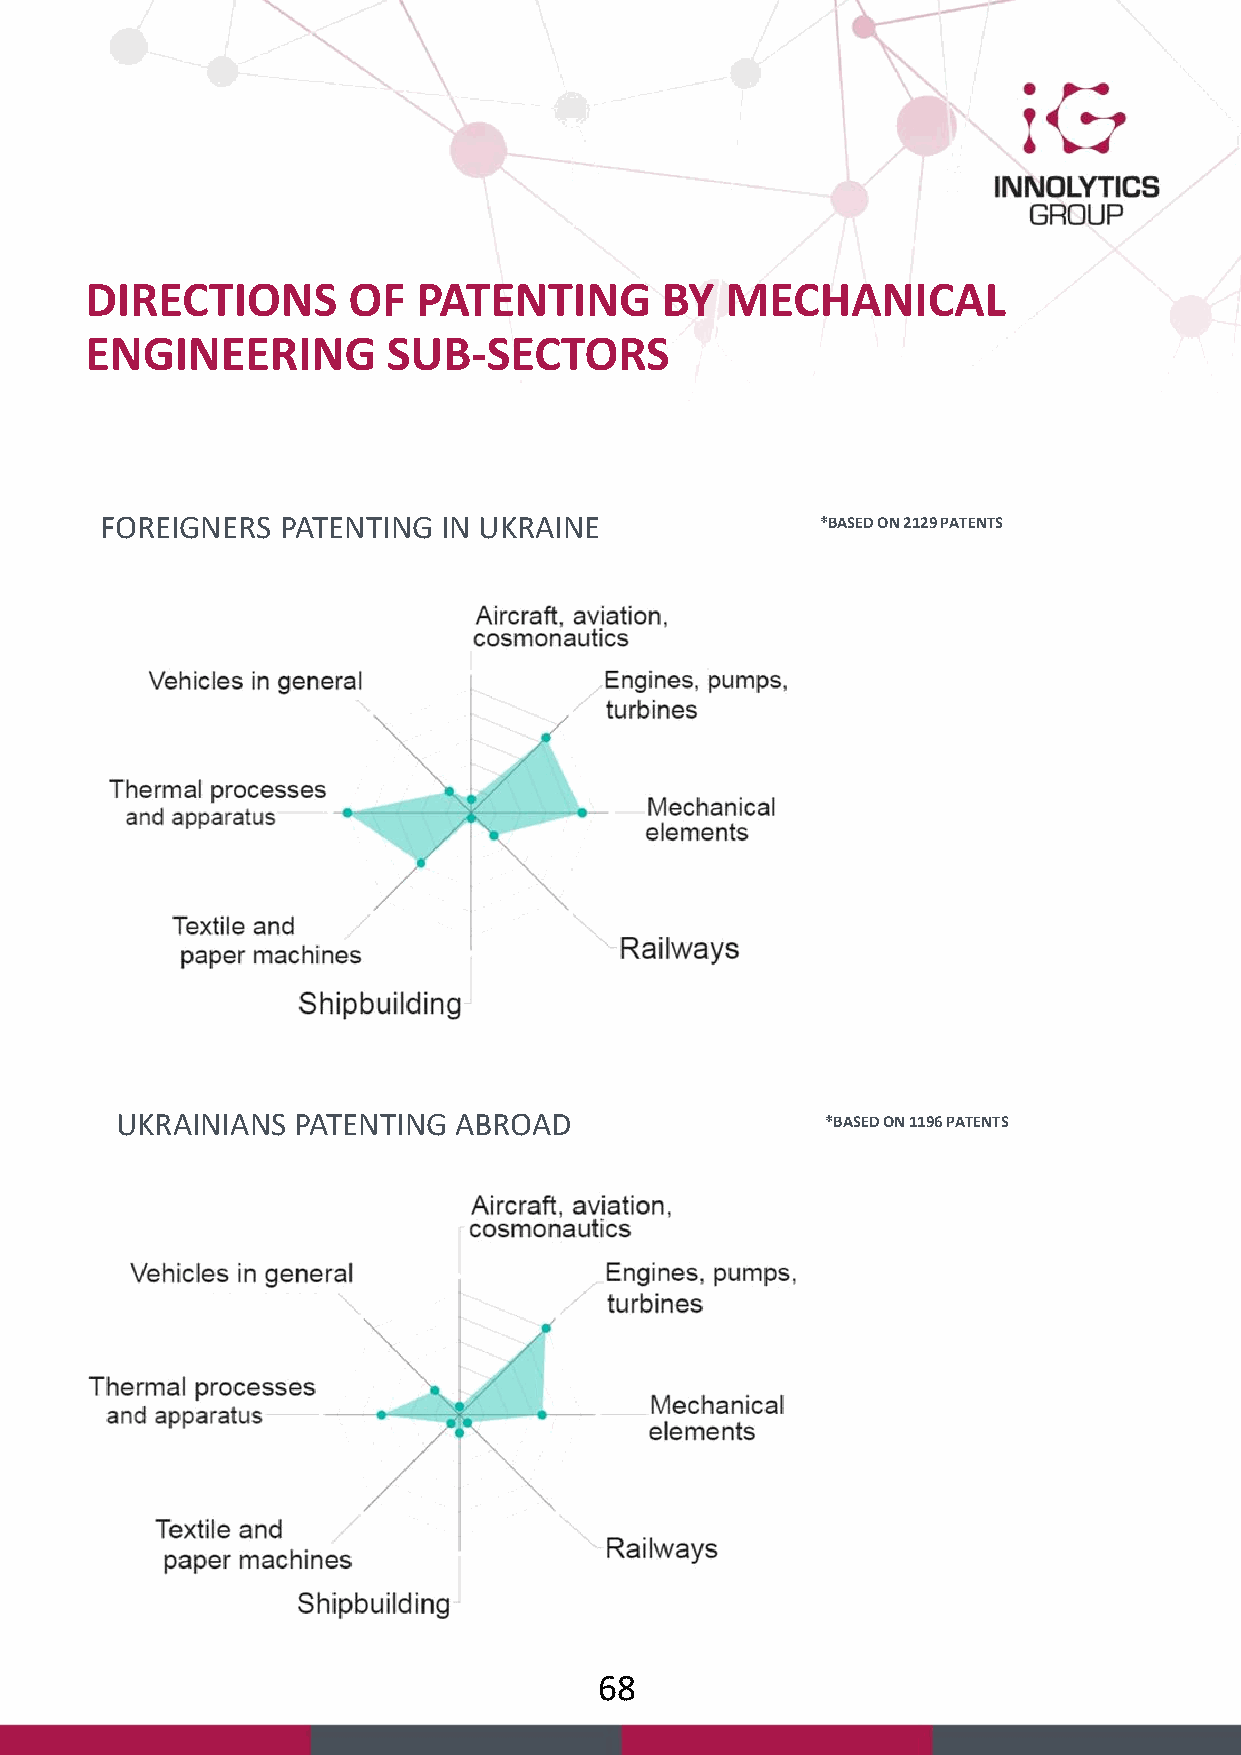
DIRECTIONS       OF   PATENTING       BY  MECHANICAL
 ENGINEERING         SUB-SECTORS
 FOREIGNERS  PATENTING IN UKRAINE               *BASED ON 2129 PATENTS
 UKRAINIANS PATENTING  ABROAD                   *BASED ON 1196 PATENTS
 68